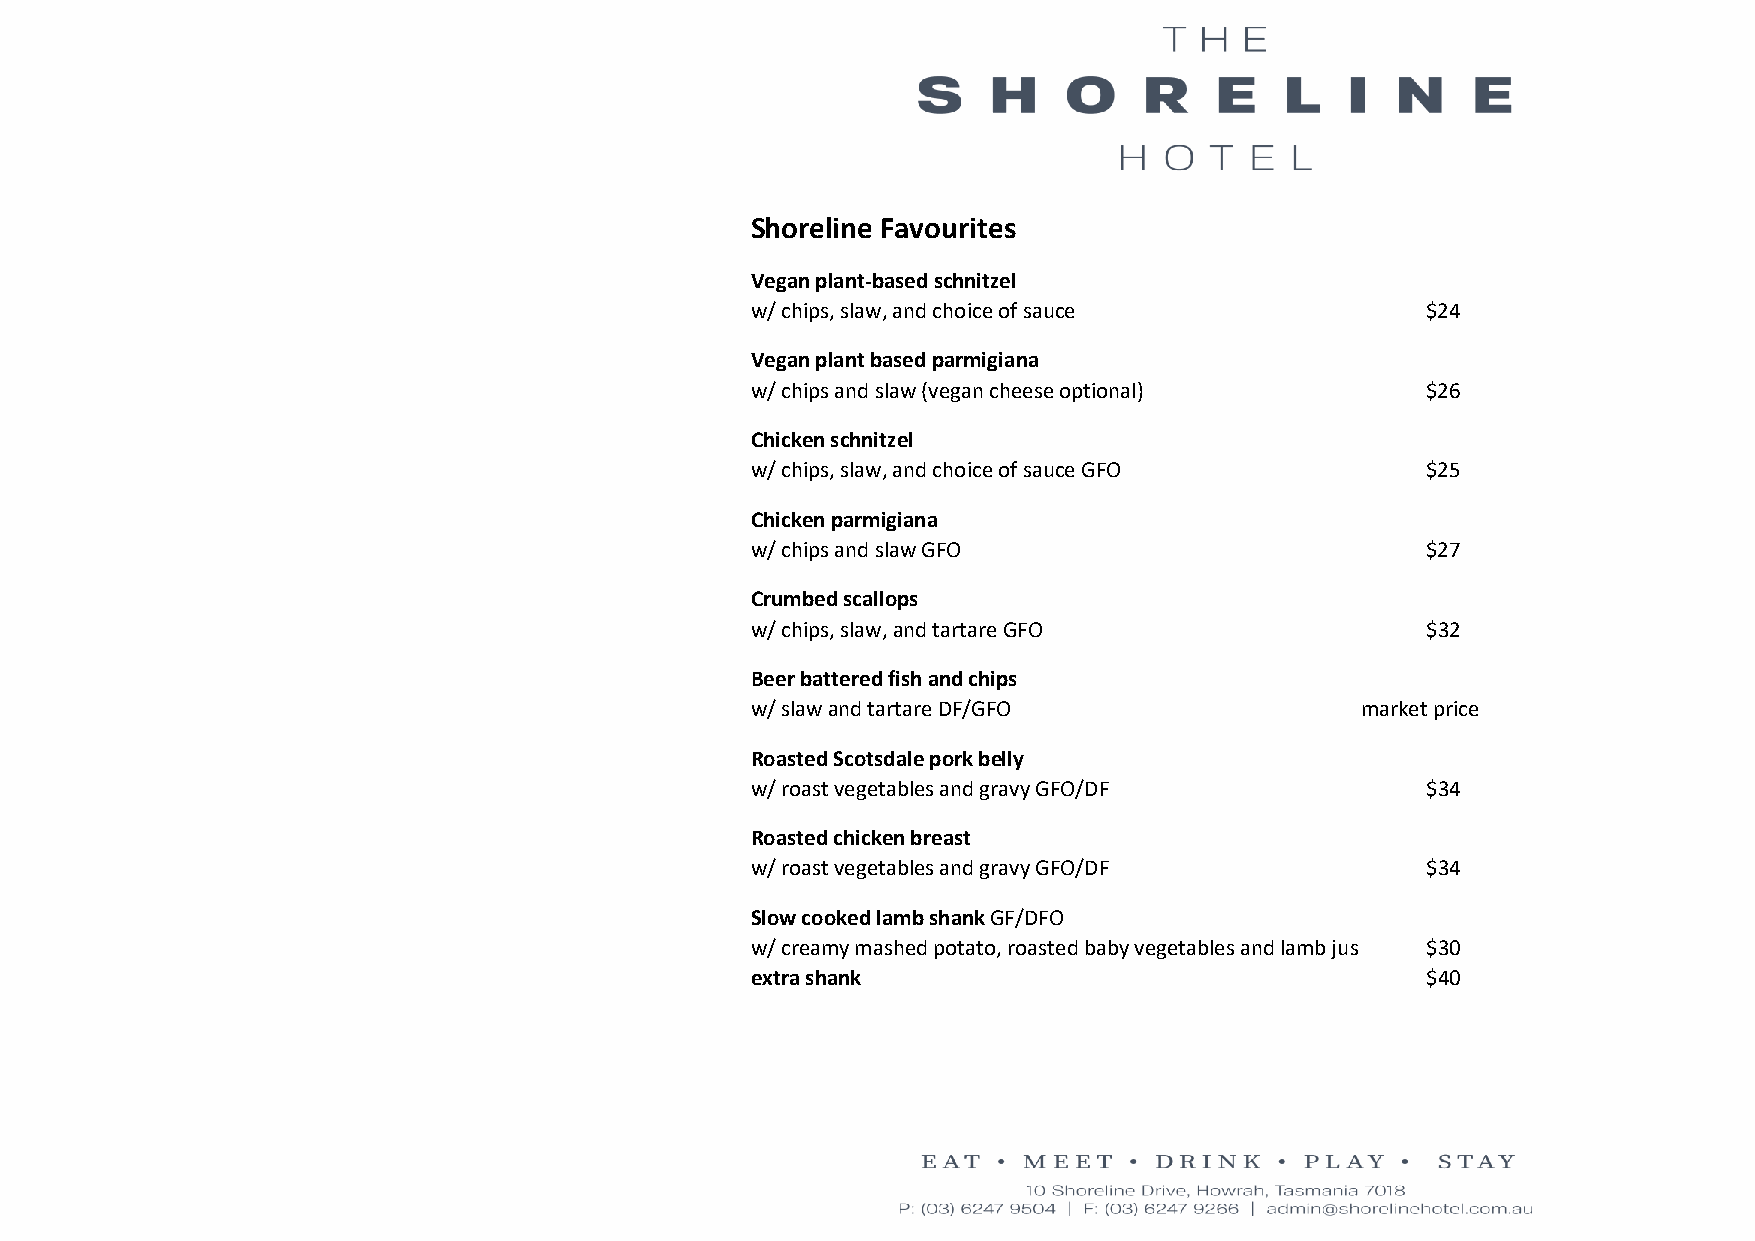
Shoreline Favourites
 Vegan plant-based schnitzel
 w/ chips, slaw, and choice of sauce         $24
 Vegan plant based parmigiana
 w/ chips and slaw (vegan cheese optional)   $26
 Chicken schnitzel
 w/ chips, slaw, and choice of sauce GFO     $25
 Chicken parmigiana
 w/ chips and slaw GFO                       $27
 Crumbed scallops
 w/ chips, slaw, and tartare GFO             $32
 Beer battered fish and chips
 w/ slaw and tartare DF/GFO              market price
 Roasted Scotsdale pork belly
 w/ roast vegetables and gravy GFO/DF        $34
 Roasted chicken breast
 w/ roast vegetables and gravy GFO/DF        $34
 Slow cooked lamb shank GF/DFO
 w/ creamy mashed potato, roasted baby vegetables and lamb jus $30
 extra shank                                 $40